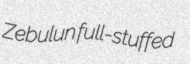
Zebulun full-stuffed